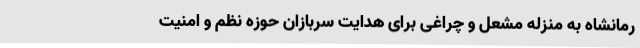
رمانشاه به منزله مشعل و چراغی برای هدایت سربازان حوزه نظم و امنیت